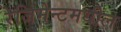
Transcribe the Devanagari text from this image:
रेजिमेन्टमधील